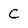
Character: C